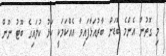
މި ގޮތުން އެންމެ ބޮޑަށް ބާރުއަޅާފައިވާ އެއްކަމަކީ ކަޅު ކުލައިގެ ބޫޓު ނޫން